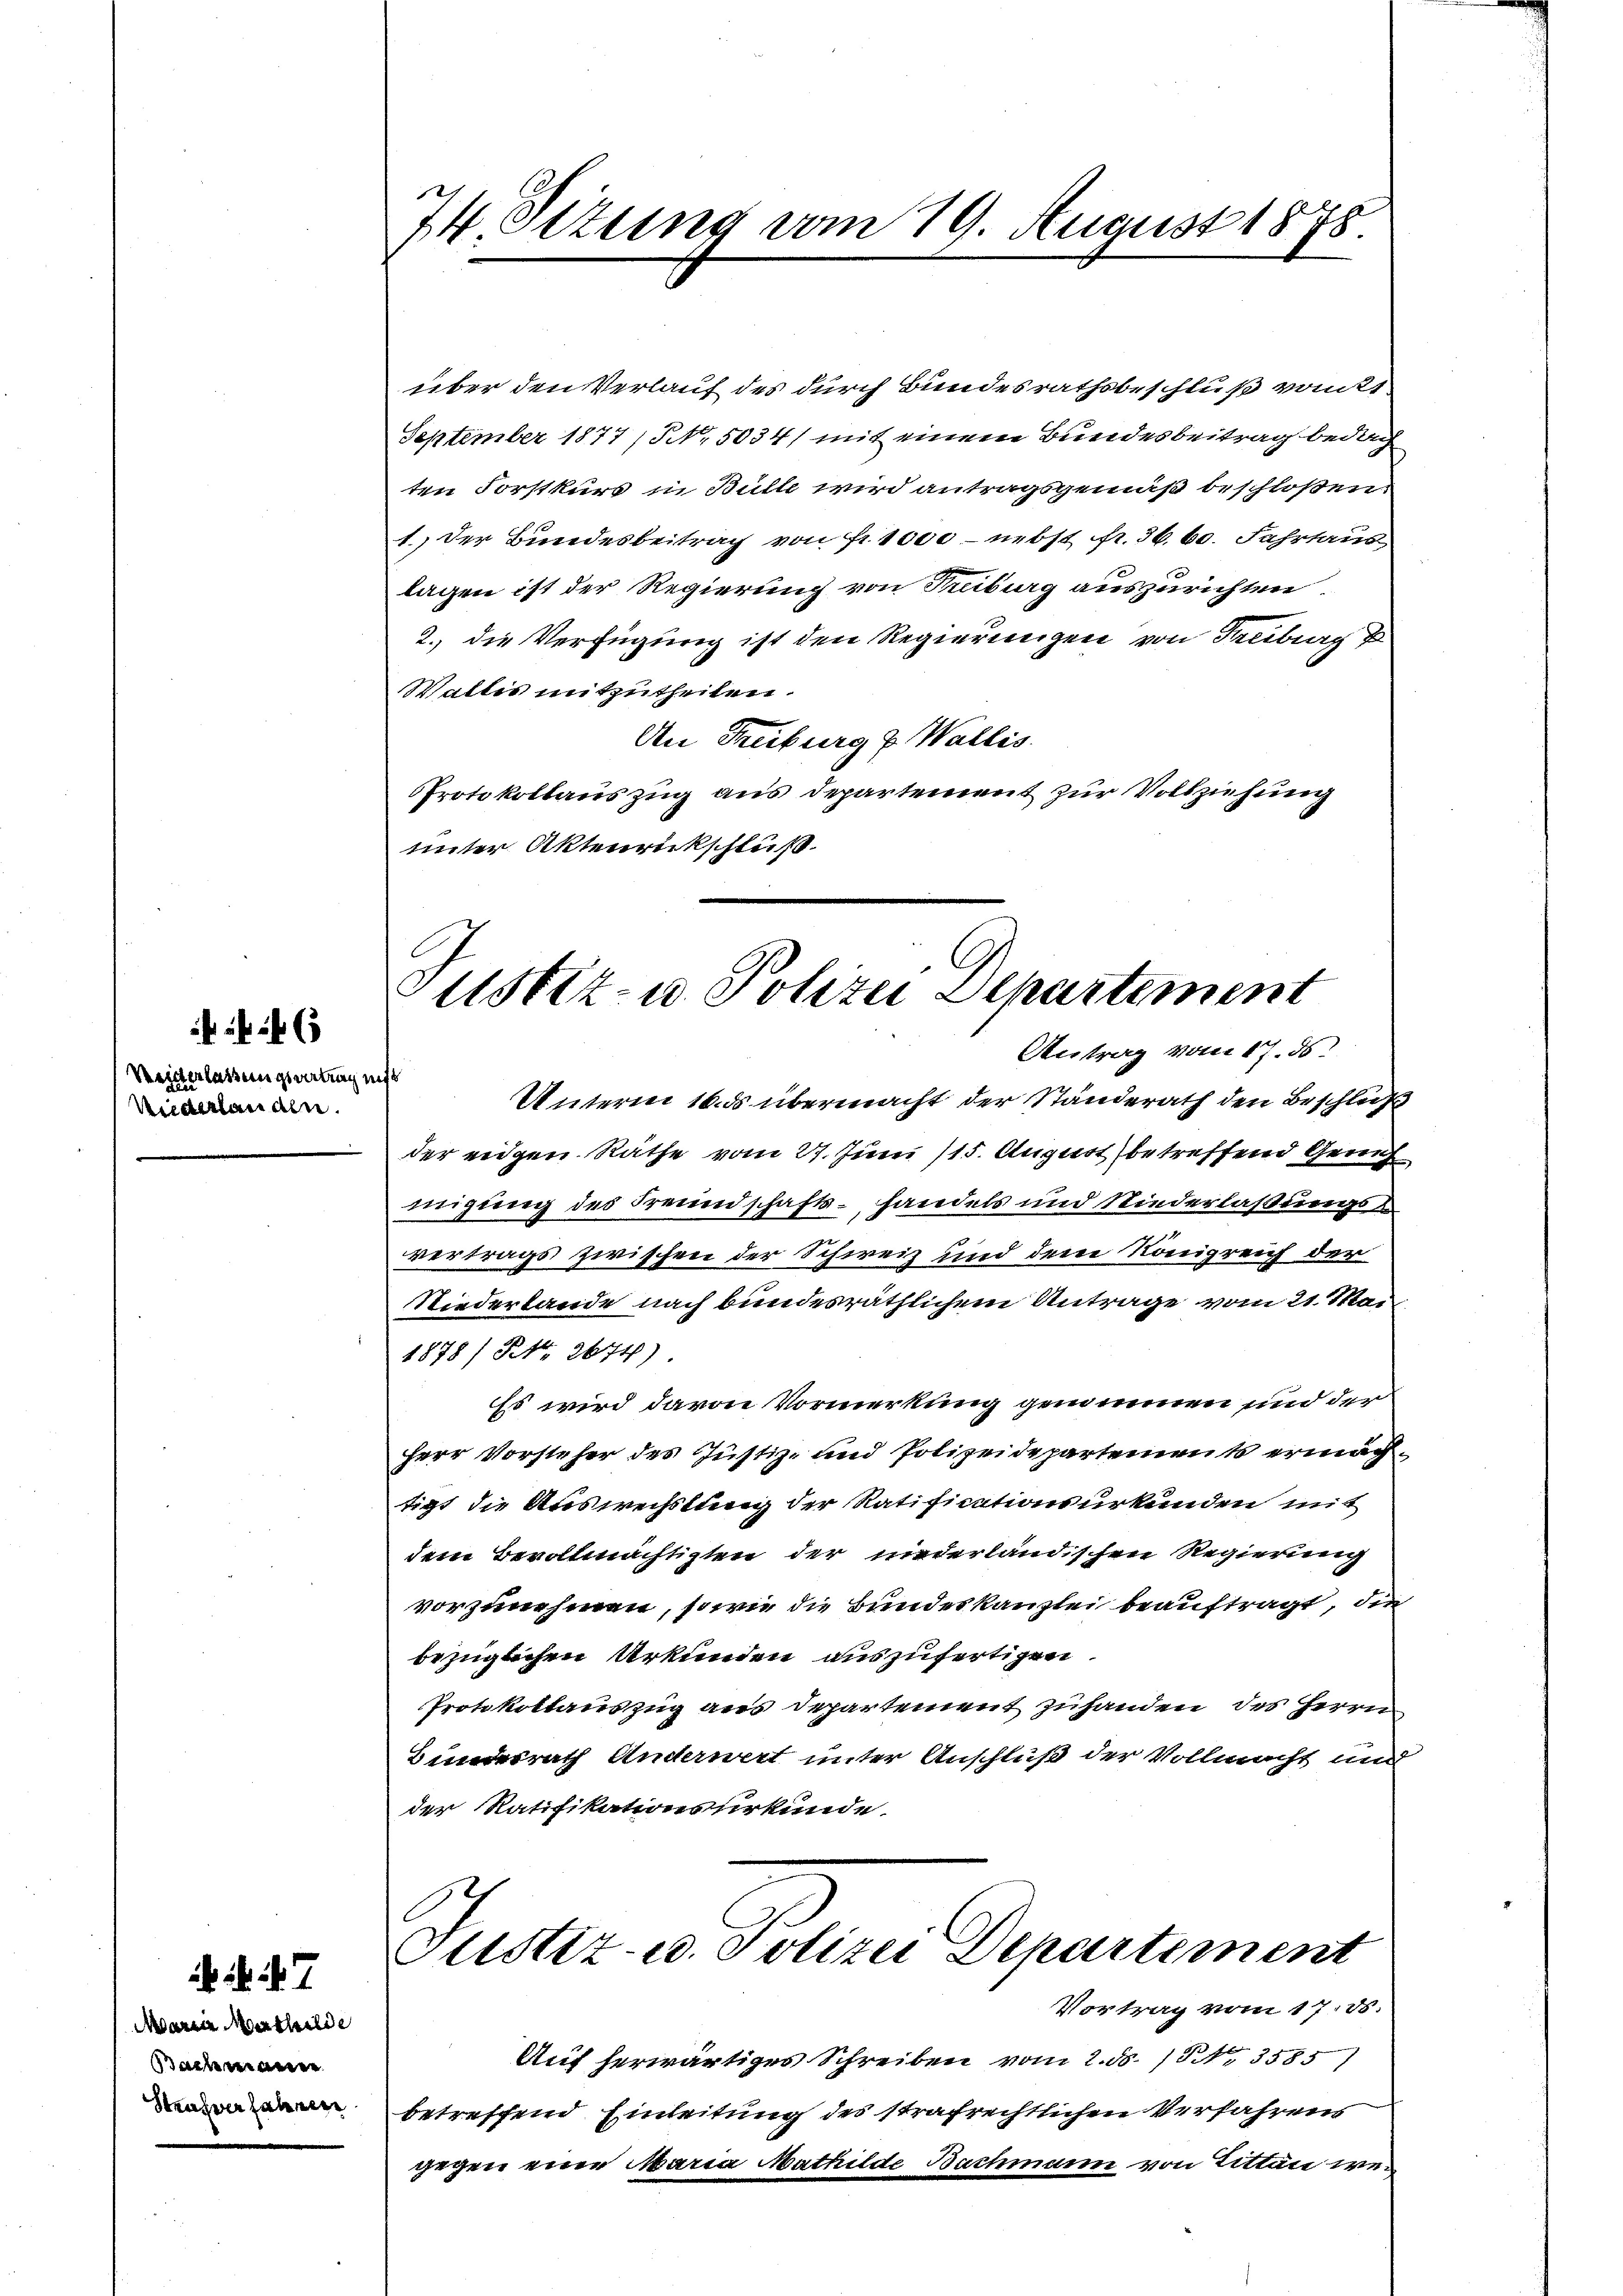
Weiderlassungsvertrage
Niederlanden.

xx

7
Marie Marthilde
Bachmann
Strafverfahren

über den Verlauf des durch Bundesrathsbeschluß vom 21
September 1877 / NNo. 5034/ mit einem Bundesbeitrag bedach
ten Forstkurs in Bülle wird antragsgemäß beschloßen:
1.) Der Bundesbeitrag von fr. 1000 - nebst fr. 36. 60. Fahrtaus
lagen ist der Regierung von Kiburg auszurichten.
2. die Verfügung ist den Regierungen von Freiburg
Wallis mitzutheilen.
An Freiburg z. Wallis.
PProtokollauszug aus Departement zur Vollziehung
unter Aktenrückschluß

74 Sizung vom 19. August 1878.

der eidgen. Räthe vom 27. Juni 115. August betreffend Geneh
migung des Freundschafts- handels und Niederlaßungsvertrags zwischen der Schweiz und dem Königreich der
Niederlande nach bundesräthlichem Antrage vom 21. Mai
1878/ No. 2674)
Es wird davon Vormerkung genommen und der
Herr Vorsteher des Justiz- und Polizeidepartement ermachtigt die Auswechslung der Ratificationsurkunden mit
dem Bevollmächtigten der niederländischen Regierung
vorzunehmen, sowie die Bundeskanzlei beauftragt, die
bezüglichen Urkunden auszufertigen.
Protokollauszug aus Departement zu handen des Herrn
Bundesrath Anderwert unter Anschluß der Vollmacht und
der Ratifikationsurkunde.

Justiz- u. Polizei Departement
Antrag vom 17. ds.
¬
Unterm 16. übermacht der Standerath den Beschluß

Justiz- u. Polizei Departement

Vortrag vom 17. ds.
Auf herwärtiges Schreiben vom 2. d. 13, 3585)
betreffend Einleitung des strafrechtlichen Verfahrens
gegen eine Maria Mathilde Bachmann von Litten we¬